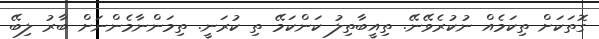
ގޮތަކަށް ތިކަމެއް ނުކުރެވޭނޭ. ތިއީބާތިލު ކަންކަމޭ ތި ކުރަނީ. ތިމަންނާމެންނަށް ބާރު ލިބޭ